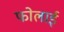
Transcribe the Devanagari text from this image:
फोलाई